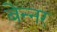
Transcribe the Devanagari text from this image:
बेन्नर